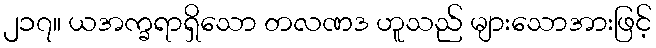
၂၁၇။ ယအက္ခရာရှိသော တလဏဒ ဟူသည် များသောအားဖြင့်